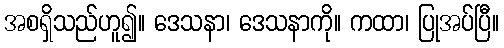
အစရှိသည်ဟူ၍။ ဒေသနာ၊ ဒေသနာကို။ ကထာ၊ ပြုအပ်ပြီ။